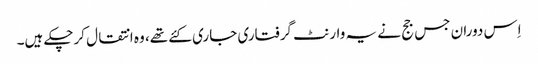
اِس دوران جس جج نے یہ وارنٹ گرفتاری جاری کئے تھے، وہ انتقال کرچکے ہیں۔